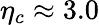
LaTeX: \eta_{c}\approx 3.0